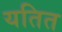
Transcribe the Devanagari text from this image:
यतित